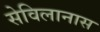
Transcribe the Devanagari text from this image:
सेविलानास